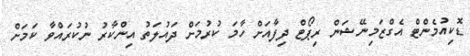
ޑޮކިއުމެންޓް އެގްޒަމިނޭޝަން ރިޕޯޓް ދިފާއަށް ހާމަ ކުރުމަށް ދައުލަތު އިންކާރު ނުކުރައްވާ ކަމަށް